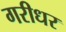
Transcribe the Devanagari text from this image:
गरीधर